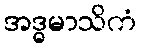
အဒ္ဓမာသိကံ